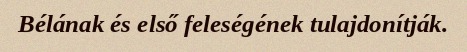
Bélának és első feleségének tulajdonítják.